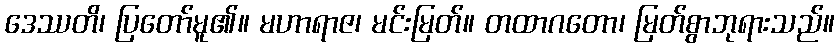
ဒေဿတိ၊ ပြတော်မူ၏။ မဟာရာဇ၊ မင်းမြတ်။ တထာဂတော၊ မြတ်စွာဘုရားသည်။